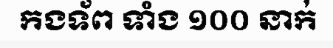
កងទ័ព ទាំង ១០០ នាក់